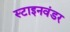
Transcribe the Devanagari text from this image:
स्टाइनवंडर